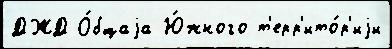
ДЖД О́бщаjа Ю́жного т'ерр'ито́р'иjи